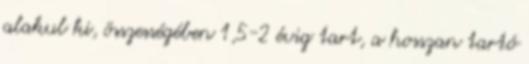
alakul ki, összességében 1,5-2 évig tart, a hosszan tartó